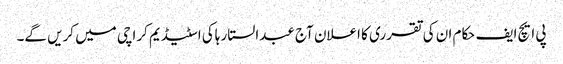
پی ایچ ایف حکام ان کی تقرری کا اعلان آج عبدالستار ہاکی اسٹیڈیم کراچی میں کریں گے۔